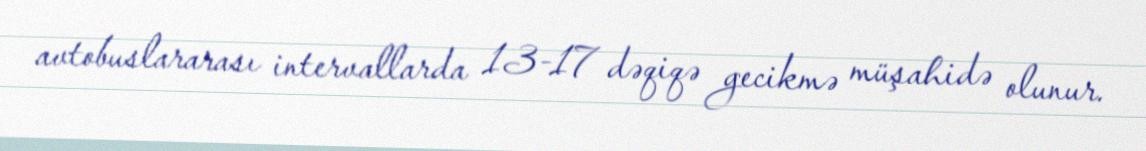
avtobuslararası intervallarda 13-17 dəqiqə gecikmə müşahidə olunur.